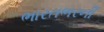
ભારતભરની